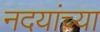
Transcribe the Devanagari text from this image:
नदयांच्या